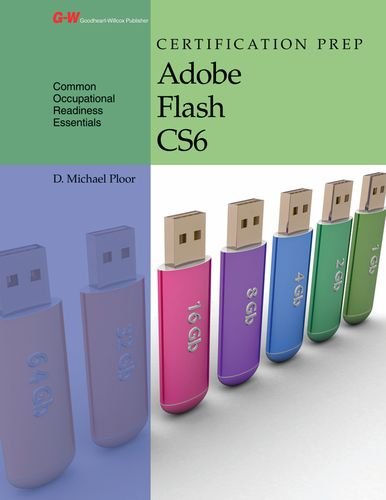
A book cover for Certification Prep Adobe Flash CS6 (Common Occupational Rediness Essentials); D. Michael Ploor; Computers & Technology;